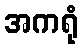
အကရုံ